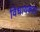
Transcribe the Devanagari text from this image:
विधायकता